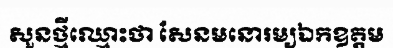
សួនថ្មីឈ្មោះថា សែនមនោរម្យឯកឧត្តម